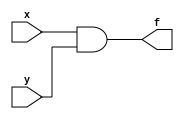
module simpleand(f,x,y);
      input x,y;
      output f;
      and G1(f,x,y);
endmodule